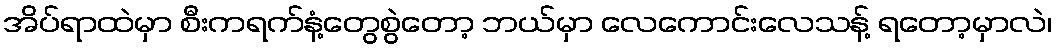
အိပ်ရာထဲမှာ စီးကရက်နံ့တွေစွဲတော့ ဘယ်မှာ လေကောင်းလေသန့် ရတော့မှာလဲ၊